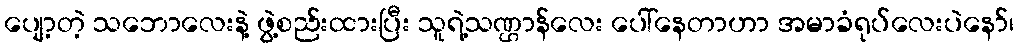
ပျော့တဲ့ သဘောလေးနဲ့ ဖွဲ့စည်းထားပြီး သူရဲ့သဏ္ဌာန်လေး ပေါ်နေတာဟာ အမာခံရုပ်လေးပဲနော်၊